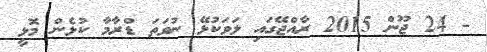
- 24 ޖޫން 2015 ރާއްޖޭގައި ލަވަކުޅޭ ނުވަތަ ޑްރާމާ ކުޅެން މޮޅީ